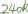
Text: 240K